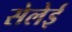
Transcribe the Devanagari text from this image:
सेलेई